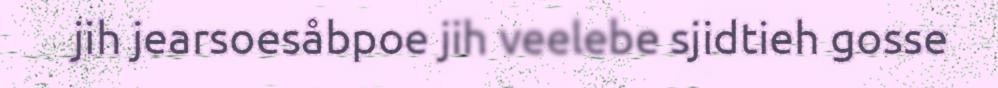
jih jearsoesåbpoe jih veelebe sjidtieh gosse